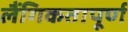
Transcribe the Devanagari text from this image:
लैंगिकतापूर्ण